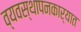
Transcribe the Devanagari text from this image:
व्यवस्थापनकार्यात